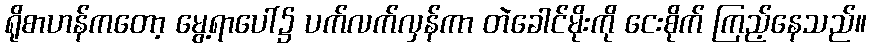
ရိုစာဟန်ကတော့ မွေ့ရာပေါ်၌ ပက်လက်လှန်ကာ တဲခေါင်မိုးကို ငေးစိုက် ကြည့်နေသည်။